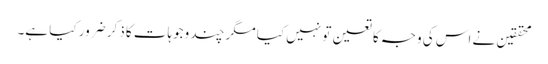
محققین نے اس کی وجہ کا تعین تو نہیں کیا مگر چند وجوہات کا ذکر ضرور کیا ہے۔